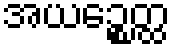
အယဉ္စေတ္ထ